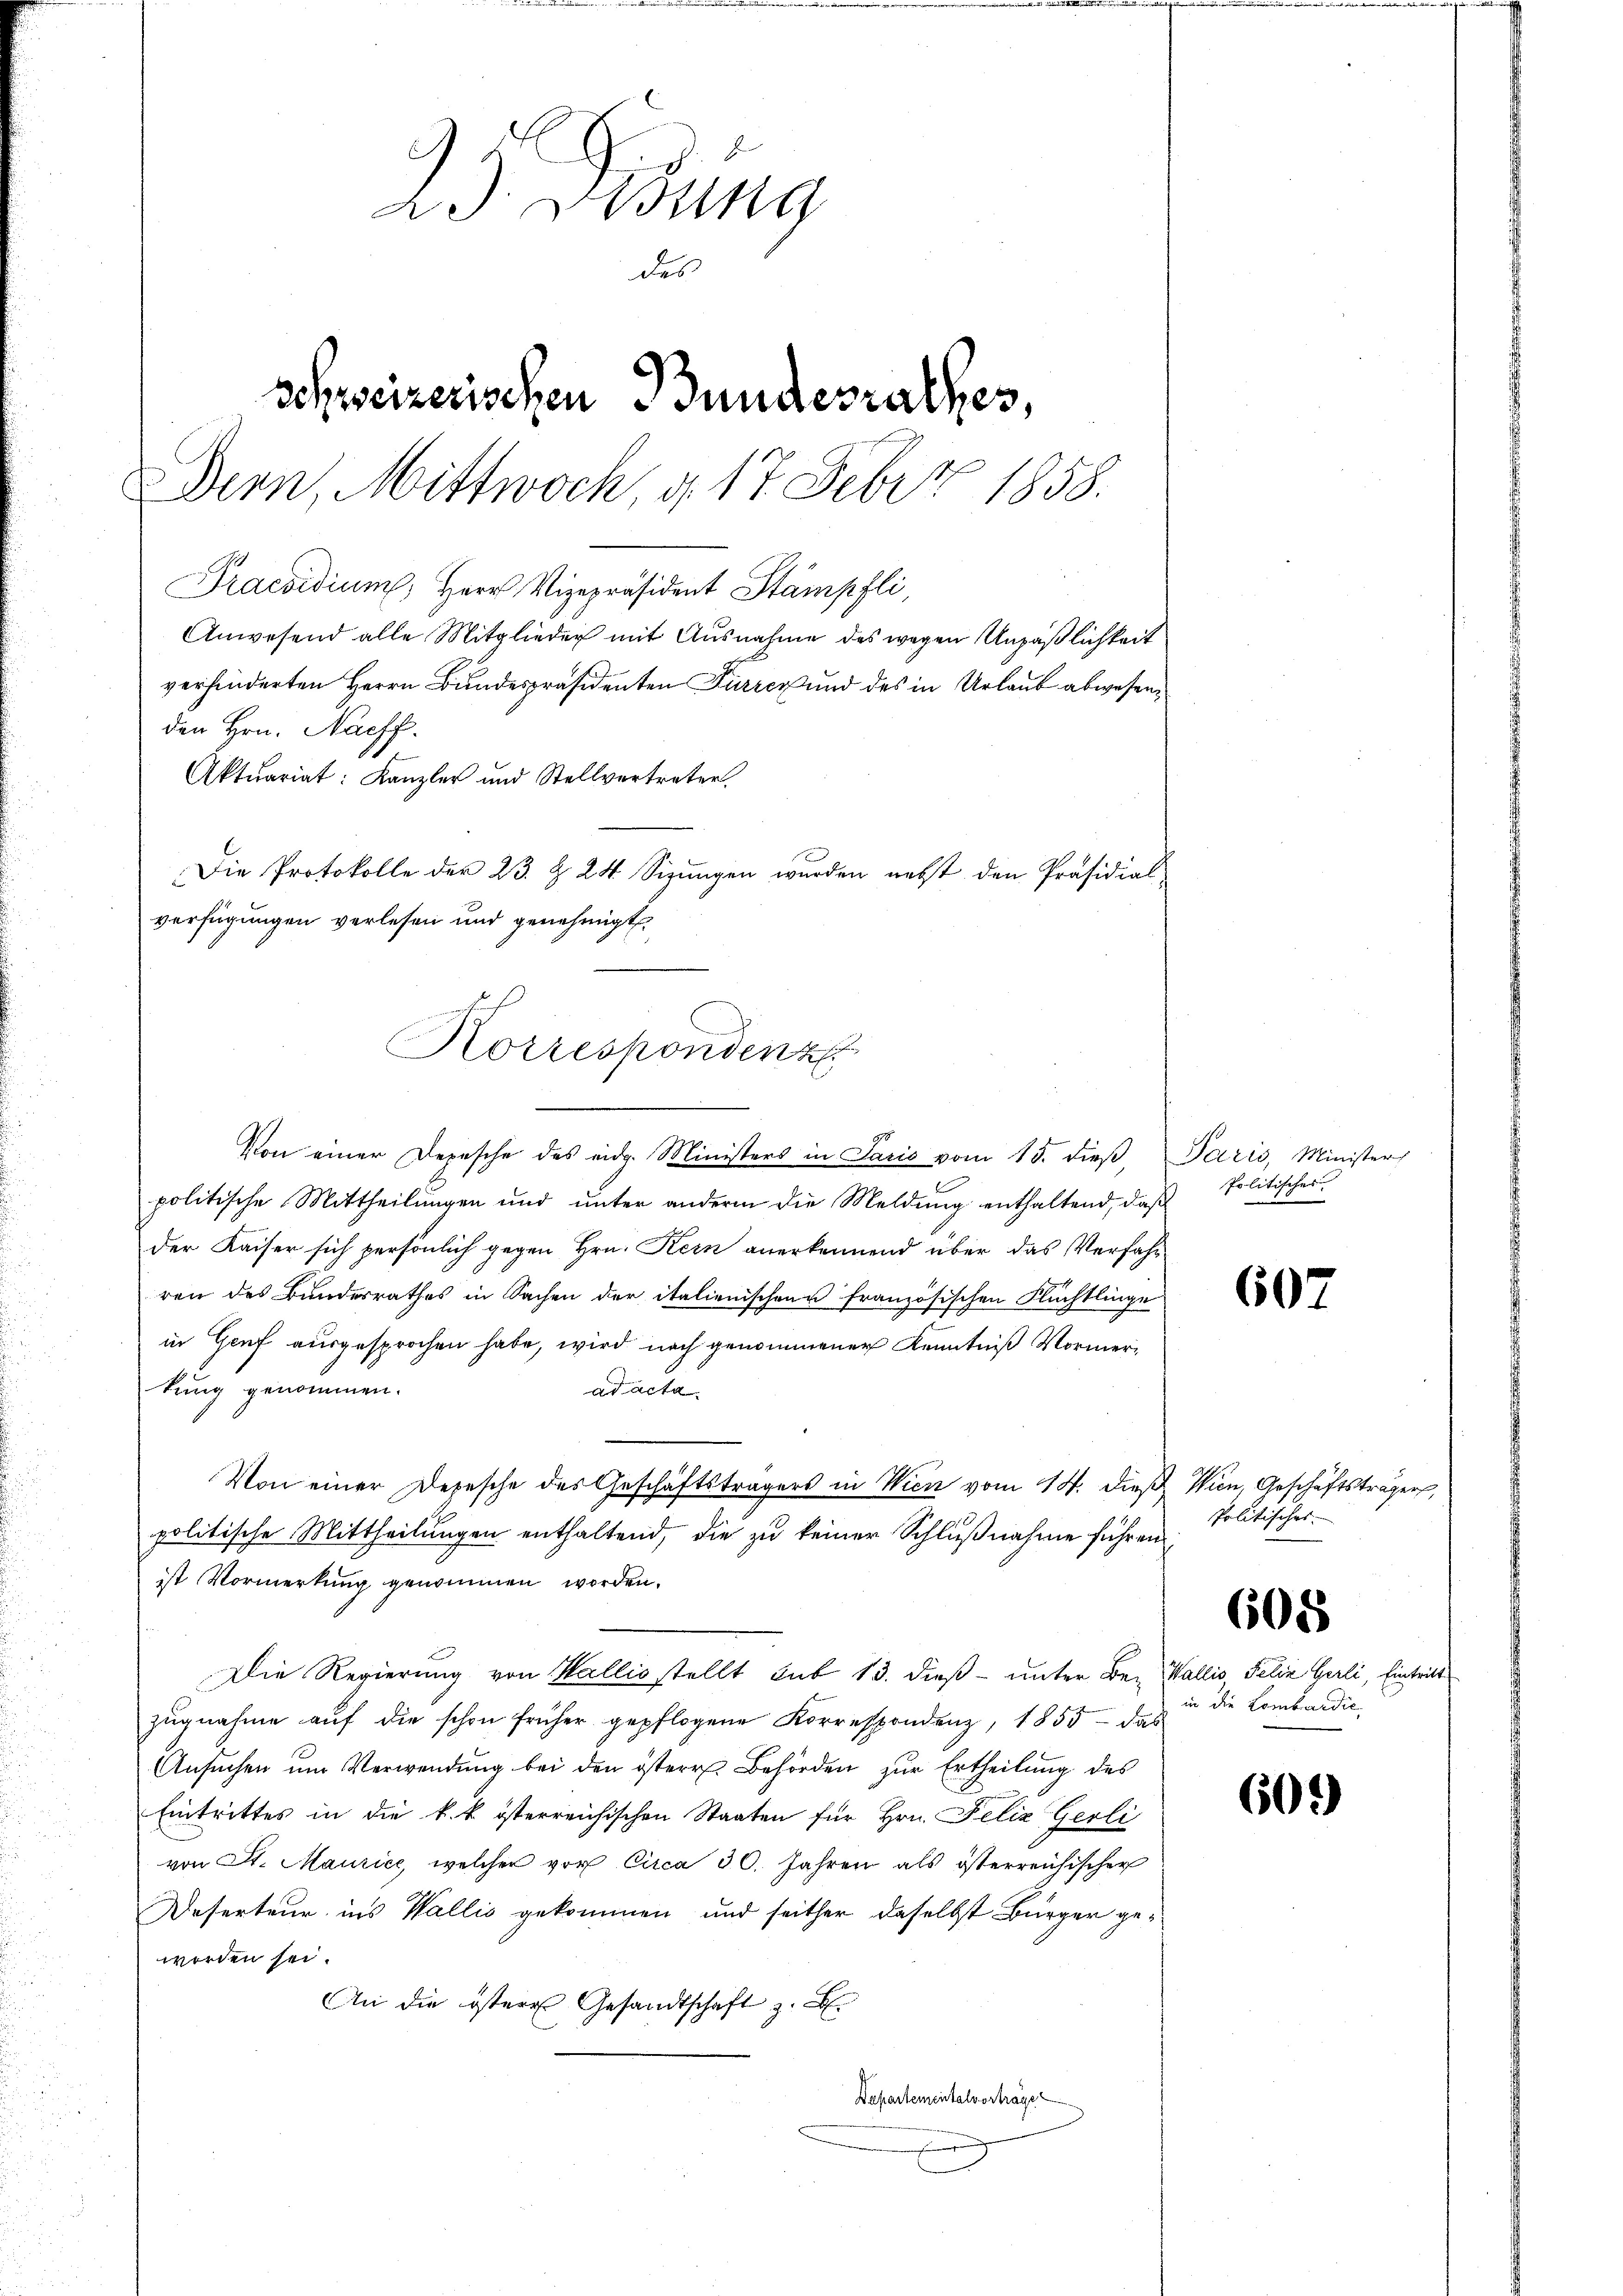
23 Dedung
des
schweizerischen Bundesrathes,
Dern, Mittwoch d. 17 Feber 1858.
Praesidium Herr Vizepräsident Stampfli,
Anwesend alle Mitglieder mit Ausnahme des wegen Unpäßlichkeit
verhinderten Herrn Bundespräsidenten Furrer und des in Urlaub abwesen.
den Hrn. Nachf
Aktuariat: Kanzler und Stellvertreten.
Die Protokolle der 23. §. 24. Sizungen wurden nebst den Präsidial-
verfügungen verlesen und genehmigt.

Korrespondenz

Von einer Depesche des eidg. Ministers in Paris vom 15. dieβ Paris, Minister
politische Mittheilungen und unter andern die Meldung enthaltend, daß
der Kaiser sich persönlich gegen Hrn. Kern anerkennend über das Verfahr
ren des Bundesrathes in Sachen der italienischen französischen Flüchtlinge
in Genf ausgesprochen habe, wird noch genommener Kenntniß Vormertung genommen.
ad acta
Von einer Depesche des Geschäftsträgers in Wien vom 14. dieβ Wien, Geschäftsträger,
politische Mittheilungen enthaltend, die zu keiner Schlußnahme führen
ist Vormerkung genommen worden.
Die Regierung von Wallis stellt sub 13. dieß unter Be- Wallis, Felia Gerli, Eintritt
zugnahme auf die schon früher gepflogene Korrespondenz, 1855 - das
Ansŭchen ŭm Verwendung bei den österr. Behörden zur Ertheilung des
Eintrittes in die k. k. österreichischen Staaten für Hrn. Felix Gerli
von St. Maurice, welcher vor Circa 30. Jahren als österreichischer
Deserteur ins Wallis gekommen und seither daselbst Bürger geworden sei.
An die östere Gesandtschaft z. B.
Departementalverträge

Politisches.

607

Politisches

608

in die Lombardić

609)